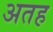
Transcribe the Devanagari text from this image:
अतह